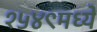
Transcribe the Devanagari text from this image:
१५४९मध्ये